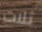
ثلاث